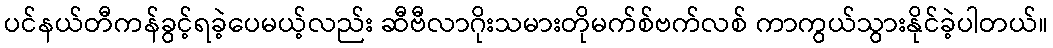
ပင်နယ်တီကန်ခွင့်ရခဲ့ပေမယ့်လည်း ဆီဗီလာဂိုးသမားတိုမက်စ်ဗက်လစ် ကာကွယ်သွားနိုင်ခဲ့ပါတယ်။